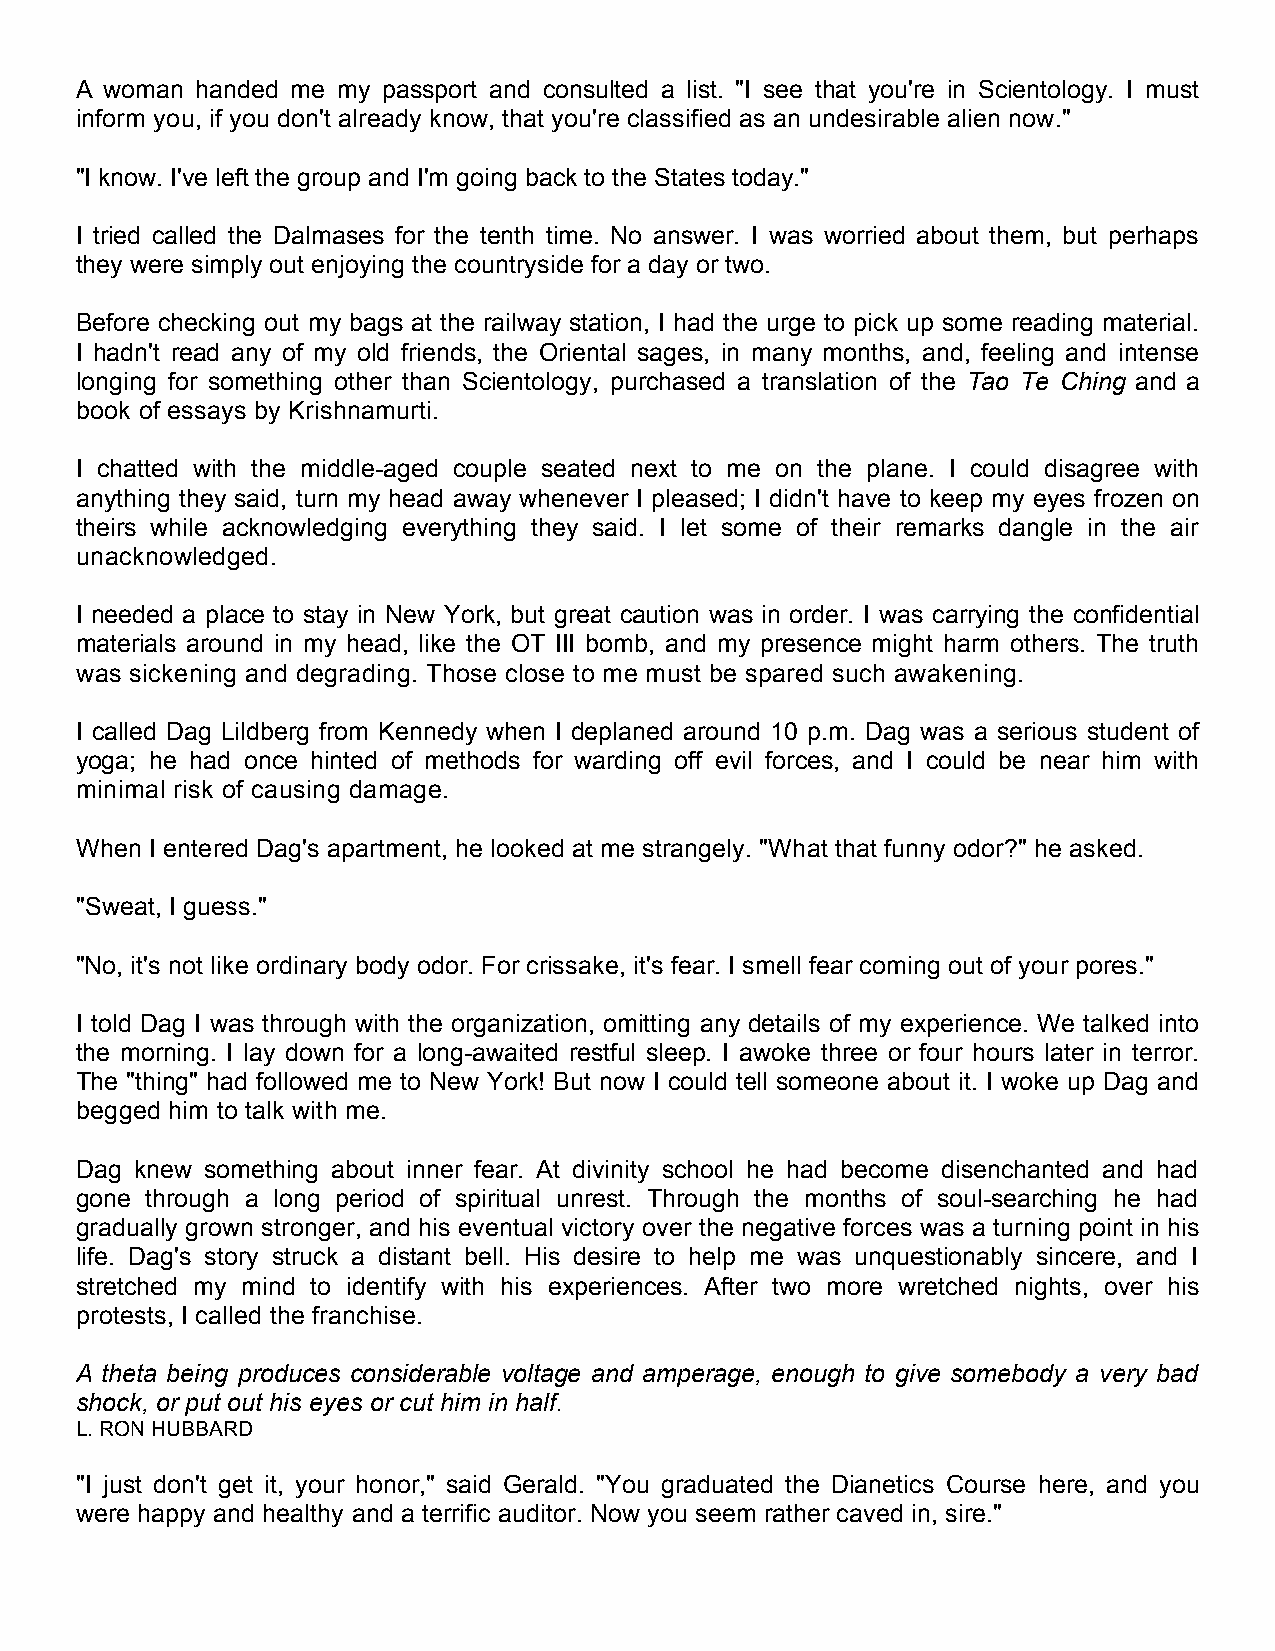
A woman handed me my passport and consulted a list. "I see that you're in Scientology. I must
 inform you, if you don't already know, that you're classified as an undesirable alien now."
 "I know. I've left the group and I'm going back to the States today."
 I tried called the Dalmases for the tenth time. No answer. I was worried about them, but perhaps
 they were simply out enjoying the countryside for a day or two.
 Before checking out my bags at the railway station, I had the urge to pick up some reading material.
 I hadn't read any of my old friends, the Oriental sages, in many months, and, feeling and intense
 longing for something other than Scientology, purchased a translation of the Tao Te Ching and a
 book of essays by Krishnamurti.
 I chatted with the middle-aged couple seated next to me on the plane. I could disagree with
 anything they said, turn my head away whenever I pleased; I didn't have to keep my eyes frozen on
 theirs while acknowledging everything they said. I let some of their remarks dangle in the air
 unacknowledged.
 I needed a place to stay in New York, but great caution was in order. I was carrying the confidential
 materials around in my head, like the OT III bomb, and my presence might harm others. The truth
 was sickening and degrading. Those close to me must be spared such awakening.
 I called Dag Lildberg from Kennedy when I deplaned around 10 p.m. Dag was a serious student of
 yoga; he had once hinted of methods for warding off evil forces, and I could be near him with
 minimal risk of causing damage.
 When I entered Dag's apartment, he looked at me strangely. "What that funny odor?" he asked.
 "Sweat, I guess."
 "No, it's not like ordinary body odor. For crissake, it's fear. I smell fear coming out of your pores."
 I told Dag I was through with the organization, omitting any details of my experience. We talked into
 the morning. I lay down for a long-awaited restful sleep. I awoke three or four hours later in terror.
 The "thing" had followed me to New York! But now I could tell someone about it. I woke up Dag and
 begged him to talk with me.
 Dag knew something about inner fear. At divinity school he had become disenchanted and had
 gone through a long period of spiritual unrest. Through the months of soul-searching he had
 gradually grown stronger, and his eventual victory over the negative forces was a turning point in his
 life. Dag's story struck a distant bell. His desire to help me was unquestionably sincere, and I
 stretched my mind to identify with his experiences. After two more wretched nights, over his
 protests, I called the franchise.
 A theta being produces considerable voltage and amperage, enough to give somebody a very bad
 shock, or put out his eyes or cut him in half.
 L. RON HUBBARD
 "I just don't get it, your honor," said Gerald. "You graduated the Dianetics Course here, and you
 were happy and healthy and a terrific auditor. Now you seem rather caved in, sire."